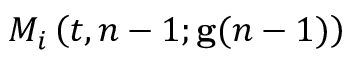
M _ { i } \left( t , n - 1 ; \mathbf { g } ( n - 1 ) \right)